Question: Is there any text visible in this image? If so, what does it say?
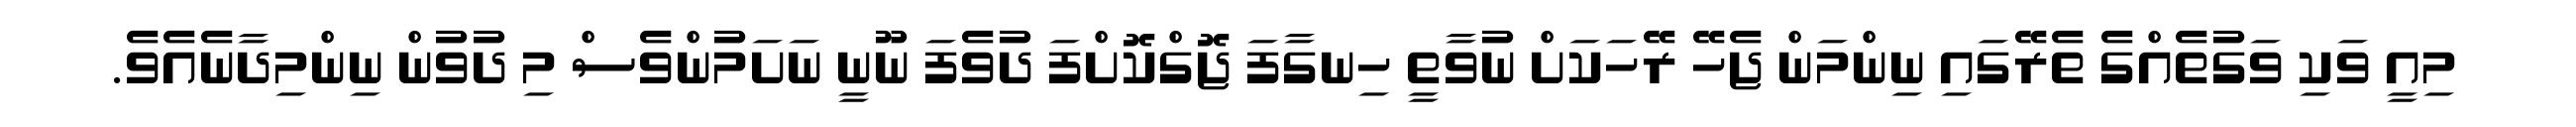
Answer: މިއީ ވަކި ވަގުތެއްގެ ތެރޭގައި ނިންމަން ޖެހޭ ރޭހަކަށް ނުވާތީ ހިނގާފަ ޖޮގްކޮށްފަ ދުވެފަ ނޫނީ ނަށަމުންވެސް މި ދުވުން ނިންމިދާނެއެވެ.